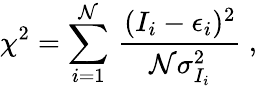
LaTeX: \chi^{2}=\sum_{i=1}^{\mathcal{N}}\, \frac{{(I_{i}-\epsilon_{i})^{2}}}{{\mathcal{N}\sigma_{I_{i}}^{2}}}\ ,